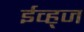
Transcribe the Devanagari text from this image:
ईव्ह्‌ज